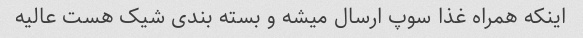
اینکه همراه غذا سوپ ارسال میشه و بسته بندی شیک هست عالیه